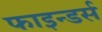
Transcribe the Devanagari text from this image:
फाइन्डर्स